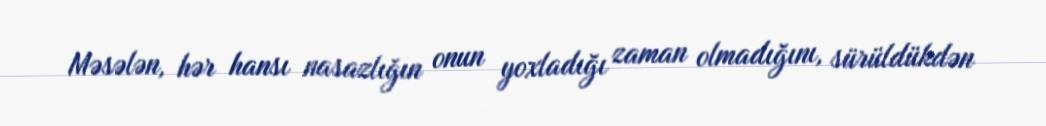
Məsələn, hər hansı nasazlığın onun yoxladığı zaman olmadığını, sürüldükdən